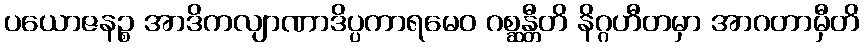
ပယောဇနဉ္စ အာဒိကလျာဏာဒိပ္ပကာရမေဝ ဂစ္ဆန္တီတိ နိဂ္ဂဟီတမှာ အာဂတာမှီတိ